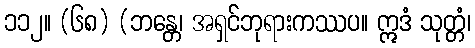
၁၁၂။ (၆၈) (ဘန္တေ၊ အရှင်ဘုရားကဿပ။ ဣဒံ သုတ္တံ၊